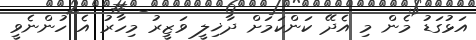
އަޅުގަޑު މެން މި އެދޭ ކަންކަމަށް ދާޚިލީ ވަޒީރު މިހާރު އެ ހުންނެވީ